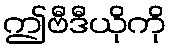
ဤဗီဒီယိုကို